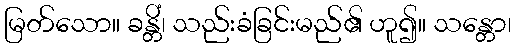
မြတ်သော။ ခန္တိံ၊ သည်းခံခြင်းမည်၏ ဟူ၍။ သန္တော၊